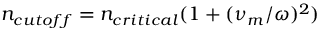
n _ { c u t o f f } = n _ { c r i t i c a l } ( 1 + ( \nu _ { m } / \omega ) ^ { 2 } )